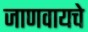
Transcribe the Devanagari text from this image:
जाणवायचे